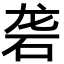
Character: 砻